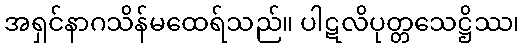
အရှင်နာဂသိန်မထေရ်သည်။ ပါဋလိပုတ္တသေဋ္ဌိဿ၊